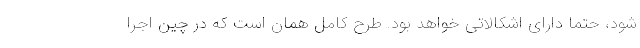
شود، حتماً دارای اشکالاتی خواهد بود. طرح کامل همان است که در چین اجرا